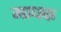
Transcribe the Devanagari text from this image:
माधक